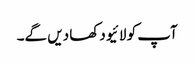
آپ کو لائیو دکھا دیں گے۔